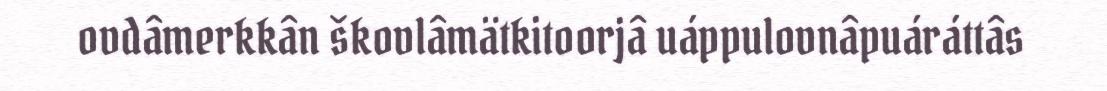
ovdâmerkkân škovlâmätkitoorjâ uáppulovnâpuáráttâs